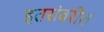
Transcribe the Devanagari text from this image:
इतरांवरील